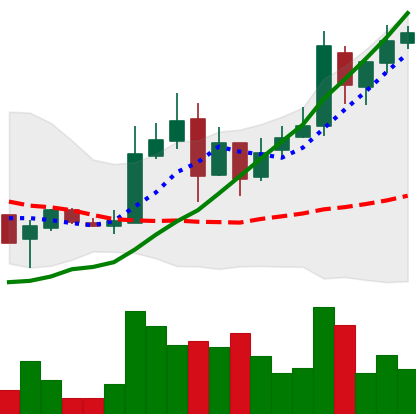
Ticker: LTC-USD
Chart end date: 2017-11-20
Forward return: 22.925%
Label: up_7plus